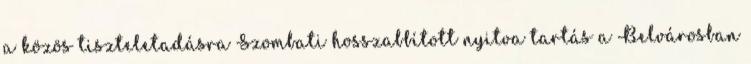
a közös tiszteletadásra Szombati hosszabbított nyitva tartás a Belvárosban